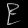
Digit: ၉